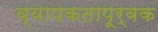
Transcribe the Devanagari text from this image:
व्यापकतापूर्वक